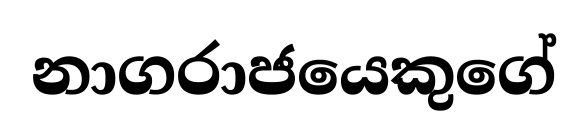
නාගරාජයෙකුගේ